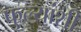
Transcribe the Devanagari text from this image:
फुल्यांशी